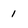
Character: 1